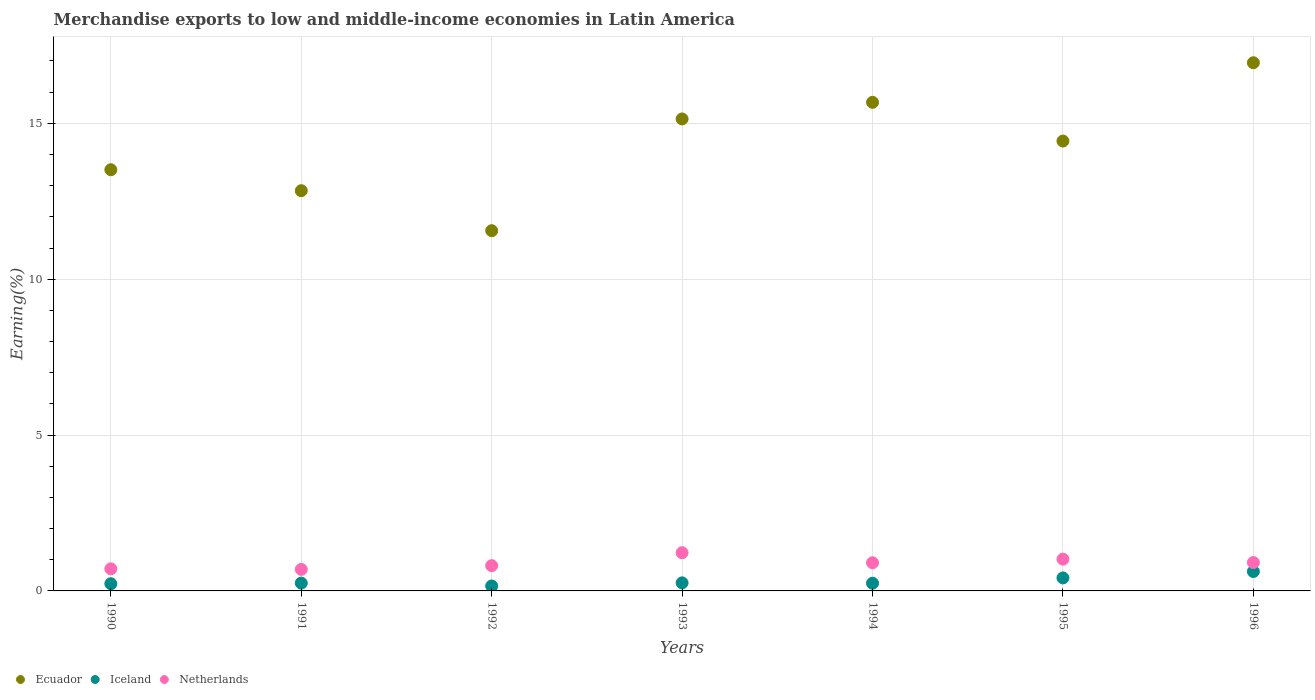
| Years | Ecuador | Iceland | Netherlands |
 | --- | --- | --- | --- |
 | 1990 | 13.5 | 0.231 | 0.708 |
 | 1991 | 12.8 | 0.251 | 0.69 |
 | 1992 | 11.6 | 0.159 | 0.81 |
 | 1993 | 15.1 | 0.258 | 1.23 |
 | 1994 | 15.7 | 0.248 | 0.904 |
 | 1995 | 14.4 | 0.417 | 1.02 |
 | 1996 | 16.9 | 0.622 | 0.911 |